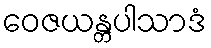
ဝေဇယန္တပါသာဒံ